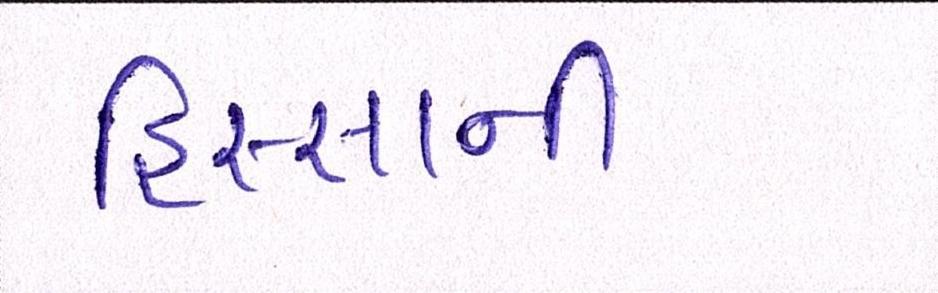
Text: હિસ્સાની